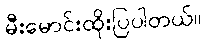
မီးမောင်းထိုးပြပါတယ်။